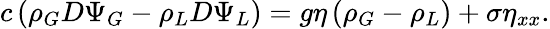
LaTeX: c\left(\rho_{G}D\Psi_{G}-\rho_{L}D\Psi_{L}\right)=g\eta\left(\rho_{G}-\rho_{L}\right)+\sigma\eta_{xx}.